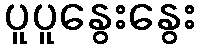
ပူပူနွေးနွေး